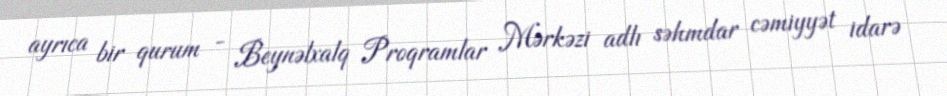
ayrıca bir qurum - Beynəlxalq Proqramlar Mərkəzi adlı səhmdar cəmiyyət idarə